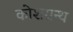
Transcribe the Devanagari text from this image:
कोशग्रन्थ